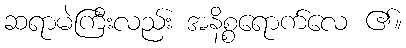
ဆရာမဲကြီးလည်း အနိစ္စရောက်လေ ၏။